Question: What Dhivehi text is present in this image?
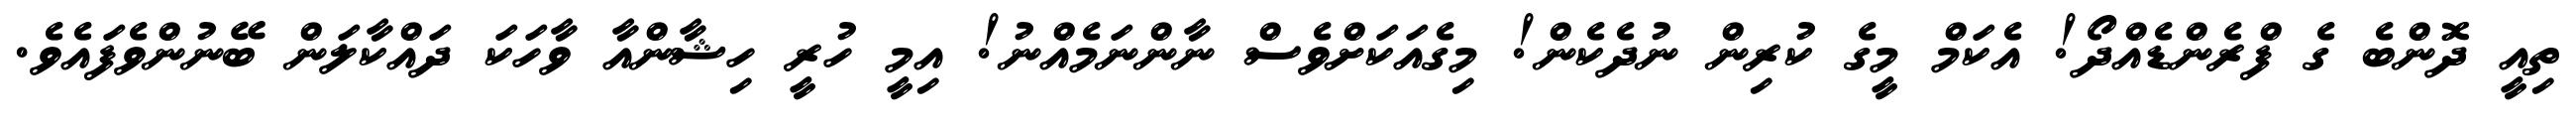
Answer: ތިއީ ދޮންބެ ގެ ފްރެންޑެއްދޯ! އެކަމް މީގެ ކުރިން ނުދެކެން! މިގެއަކަށްވެސް ނާންނަމެއްނު! އިމީ ހުރީ ހިޝާންއާ ވާހަކަ ދައްކާލަން ބޭނުންވެފައެވެ.